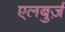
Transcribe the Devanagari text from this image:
एलबुर्ज़